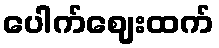
ပေါက်ဈေးထက်